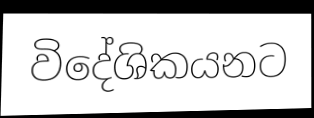
විදේශිකයනට